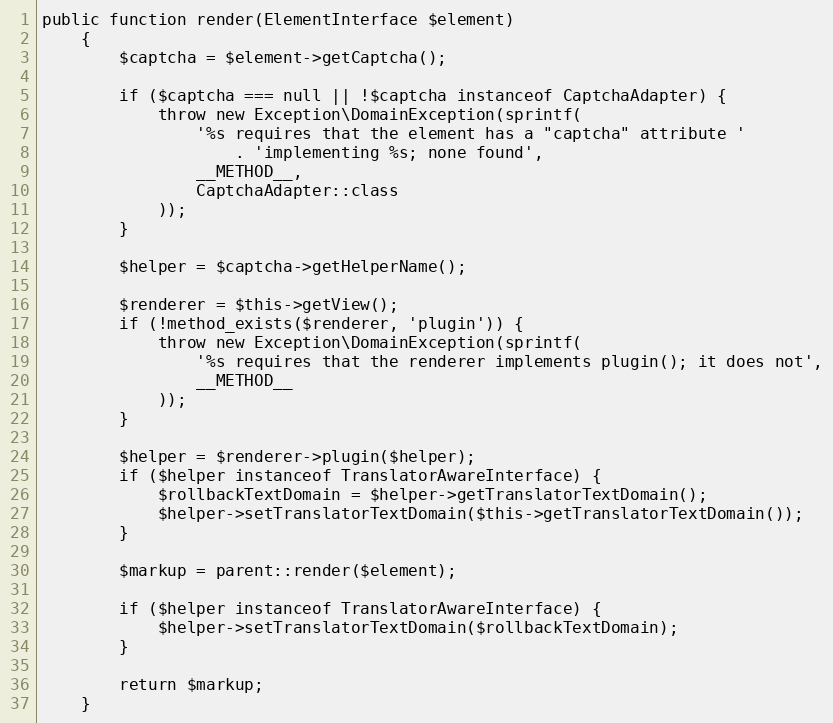
Language: PHP
public function render(ElementInterface $element)
    {
        $captcha = $element->getCaptcha();

        if ($captcha === null || !$captcha instanceof CaptchaAdapter) {
            throw new Exception\DomainException(sprintf(
                '%s requires that the element has a "captcha" attribute '
                    . 'implementing %s; none found',
                __METHOD__,
                CaptchaAdapter::class
            ));
        }

        $helper = $captcha->getHelperName();

        $renderer = $this->getView();
        if (!method_exists($renderer, 'plugin')) {
            throw new Exception\DomainException(sprintf(
                '%s requires that the renderer implements plugin(); it does not',
                __METHOD__
            ));
        }

        $helper = $renderer->plugin($helper);
        if ($helper instanceof TranslatorAwareInterface) {
            $rollbackTextDomain = $helper->getTranslatorTextDomain();
            $helper->setTranslatorTextDomain($this->getTranslatorTextDomain());
        }

        $markup = parent::render($element);

        if ($helper instanceof TranslatorAwareInterface) {
            $helper->setTranslatorTextDomain($rollbackTextDomain);
        }

        return $markup;
    }